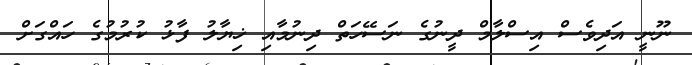
ނޫނީ އަދިވެސް އިސްލާމް ދީނުގެ ނަސޭހަތް ދިނުމާއި ޚިޔާލު ފާޅު ކުރުމުގެ ހައްގަށް